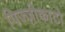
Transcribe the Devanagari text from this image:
पिज्ज़ीकाटो